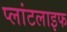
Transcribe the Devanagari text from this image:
प्लांटलाइफ